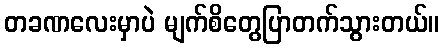
တခဏလေးမှာပဲ မျက်စိတွေပြာတက်သွားတယ်။